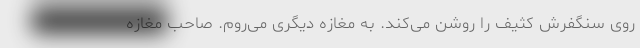
روی سنگفرش کثیف را روشن می‌کند. به مغازه‌ دیگری می‌روم. صاحب مغازه